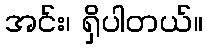
အင်း၊ ရှိပါတယ်။